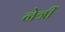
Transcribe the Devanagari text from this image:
नेत्रीं